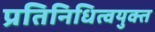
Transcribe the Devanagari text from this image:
प्रतिनिधित्वयुक्त